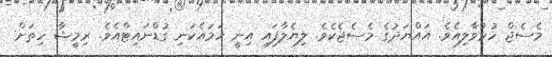
މެސެޖް ހުޅުވާލިއެވެ. އައްޔަދުގެ މެސެޖެކެވެ. ލިޔެލާފައި އިނީ ހަމައެކަނި ގުޑްނައިޓްއެވެ. ރިމީޝާ ހިތަށް